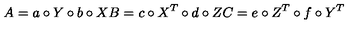
A = a \circ Y \circ b \circ X B = c \circ X ^ { T } \circ d \circ Z C = e \circ Z ^ { T } \circ f \circ Y ^ { T }